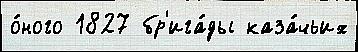
о́ного 1827 бр'ига́ды каза́чьих